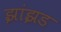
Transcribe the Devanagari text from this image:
झांझड